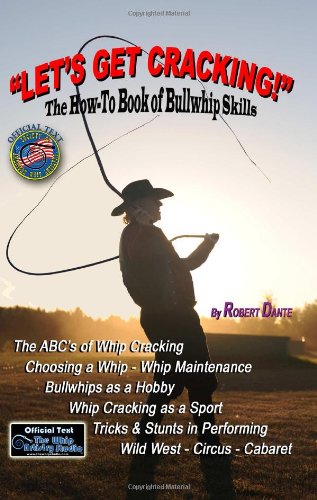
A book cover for Let's Get Cracking!: The How-To Book Of Bullwhip Skills; Robert Dante; Sports & Outdoors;